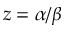
z = \alpha / \beta